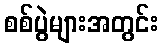
စစ်ပွဲများအတွင်း